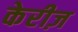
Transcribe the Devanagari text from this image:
केरीज़